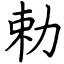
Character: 勅